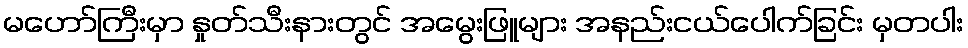
မဟော်ကြီးမှာ နှုတ်သီးနားတွင် အမွေးဖြူများ အနည်းငယ်ပေါက်ခြင်း မှတပါး